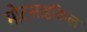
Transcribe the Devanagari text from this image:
मोटसाइकिल